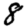
Digit: 8